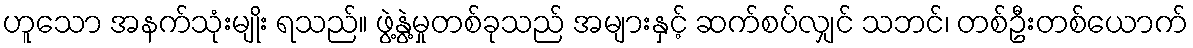
ဟူသော အနက်သုံးမျိုး ရသည်။ ဖွဲ့နွဲ့မှုတစ်ခုသည် အများနှင့် ဆက်စပ်လျှင် သဘင်၊ တစ်ဦးတစ်ယောက်